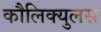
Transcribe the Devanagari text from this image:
कौलिक्युलस